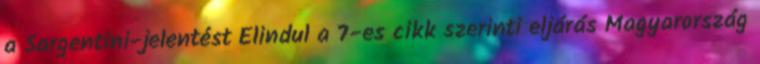
a Sargentini-jelentést Elindul a 7-es cikk szerinti eljárás Magyarország